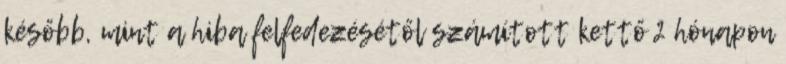
később, mint a hiba felfedezésétől számított kettő 2 hónapon